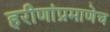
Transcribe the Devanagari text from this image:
हरीणांप्रमाणेच